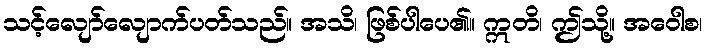
သင့်လျော်လျောက်ပတ်သည်။ အသိ၊ ဖြစ်ပါပေ၏။ ဣတိ၊ ဤသို့။ အဝေါစ၊